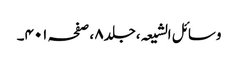
وسائل الشیعہ ،جلد٨ ،صفحہ ٤٠١۔